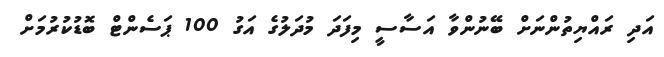
އަދި ރައްޔިތުންނަށް ބޭނުންވާ އަސާސީ މިފަދަ މުދަލުގެ އަގު 100 ޕަސެންޓް ބޮޑުކުރުމަށް